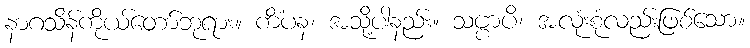
နာဂသိန်ကိုယ်တော်ဘုရား။ ကိံပန၊ အသို့ပါနည်း။ သဗ္ဗာပိ၊ အလုံးစုံလည်းဖြစ်သော။